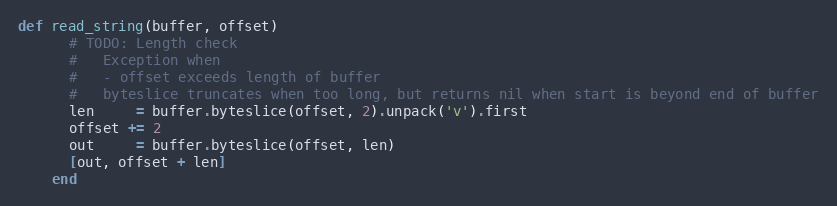
Language: Ruby
def read_string(buffer, offset)
      # TODO: Length check
      #   Exception when
      #   - offset exceeds length of buffer
      #   byteslice truncates when too long, but returns nil when start is beyond end of buffer
      len     = buffer.byteslice(offset, 2).unpack('v').first
      offset += 2
      out     = buffer.byteslice(offset, len)
      [out, offset + len]
    end